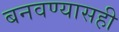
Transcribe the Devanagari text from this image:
बनवण्यासही